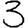
Digit: 3